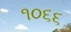
૧૦૬૬